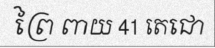
ព្រៃ ពាយ 41 តេជោ